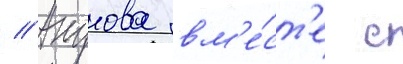
// Акулова вм'е́ст'е с